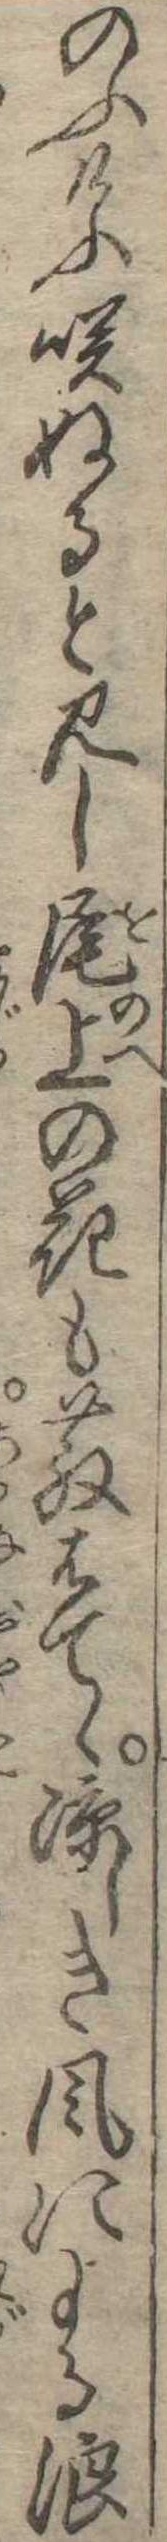
のふけふ咲ぬると見し尾上の花も散はてゝ涼しき風による浪